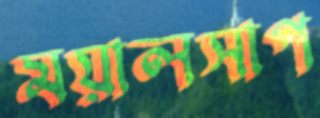
ময়ালসাপ